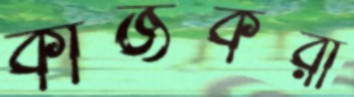
কাজকরা